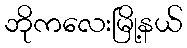
ဘိုကလေးမြို့နယ်